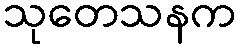
သုတေသနက